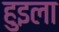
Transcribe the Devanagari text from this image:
हुइला